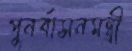
পুনর্বাসনমন্ত্রী